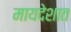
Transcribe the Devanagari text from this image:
मायदेशात